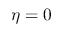
\eta = 0